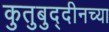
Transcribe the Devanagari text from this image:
कुतुबुद्दीनच्या